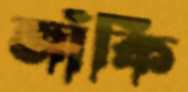
জাঁকি